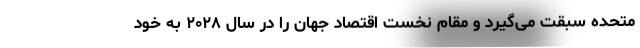
متحده سبقت می‌گیرد و مقام نخست اقتصاد جهان را در سال ۲۰۲۸ به خود